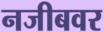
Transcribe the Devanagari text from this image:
नजीबवर